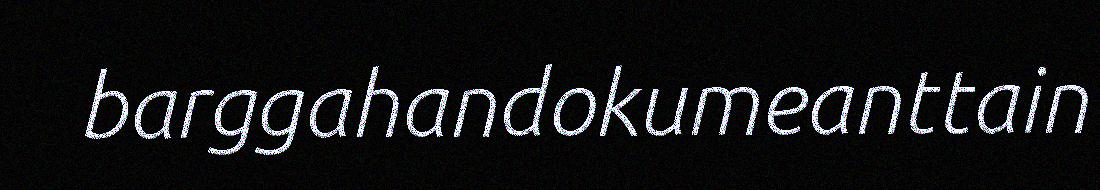
barggahandokumeanttain